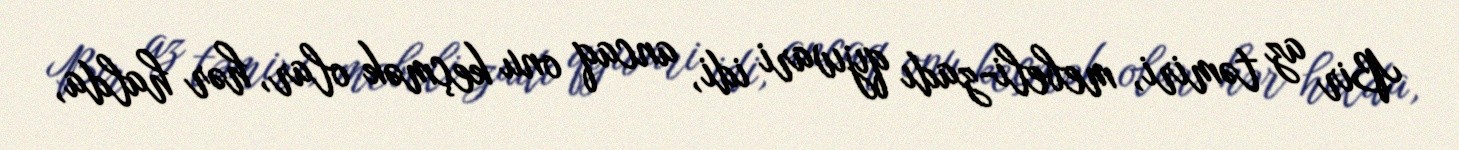
Bir az təmiri, mebeli-zadı qıjıvari idi, ancaq onu keçmək olar, hər halda,